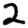
Digit: 2